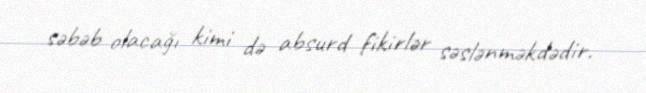
səbəb olacağı kimi də absurd fikirlər səslənməkdədir.